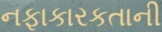
નફાકારકતાની